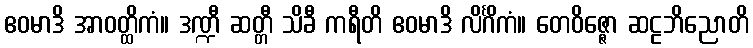
ဧဝမာဒိ အာဝတ္ထိကံ။ ဒဏ္ဍီ ဆတ္တီ သိခီ ကရီတိ ဧဝမာဒိ လိင်္ဂိကံ။ တေဝိဇ္ဇော ဆဠဘိညောတိ